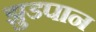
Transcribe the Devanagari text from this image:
झुडपान